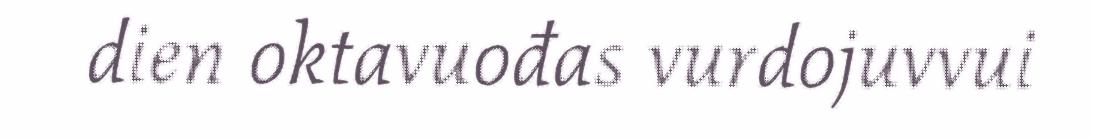
dien oktavuođas vurdojuvvui